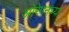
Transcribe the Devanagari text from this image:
ओरेगनच्या